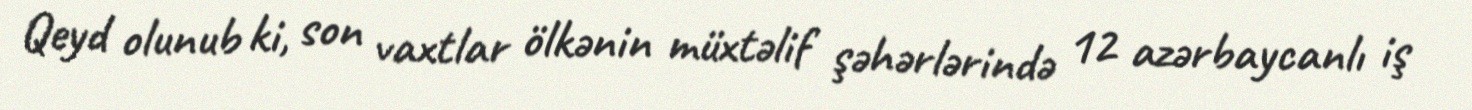
Qeyd olunub ki, son vaxtlar ölkənin müxtəlif şəhərlərində 12 azərbaycanlı iş